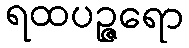
ရထပဉ္ဇရော